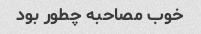
خوب مصاحبه چطور بود